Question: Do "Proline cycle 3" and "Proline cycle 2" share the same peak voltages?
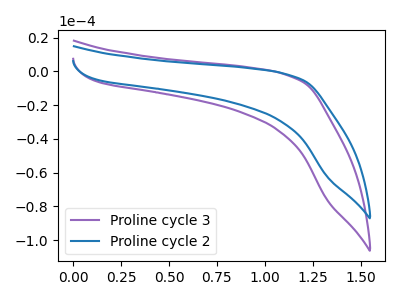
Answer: <think>The purple curve "Proline cycle 3" has no peaks. The blue curve "Proline cycle 2" has no peaks.</think>
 <answer>Niether CV has any peaks.</answer>
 <eval>blanks</eval>